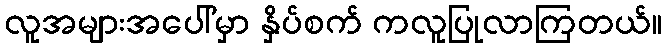
လူအများအပေါ်မှာ နှိပ်စက် ကလူပြုလာကြတယ်။